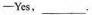
—Yes, ___